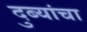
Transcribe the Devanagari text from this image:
दुब्यांचा